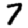
Digit: 7